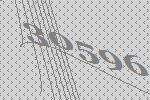
30596